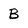
Character: B